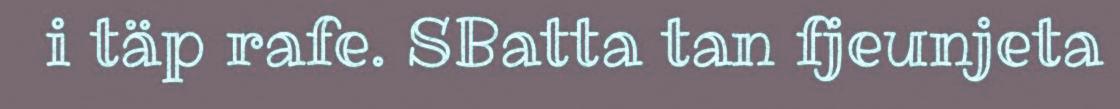
i täp rafe. SBatta tan fjeunjeta